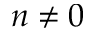
n \ne 0